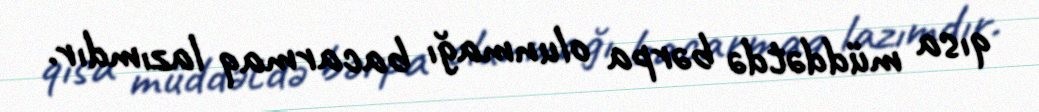
qısa müddətdə bərpa olunmağı bacarmaq lazımdır.